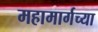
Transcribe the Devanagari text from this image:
महामार्गच्या